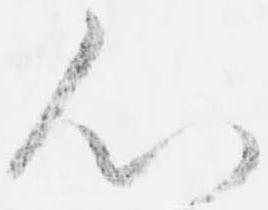
心